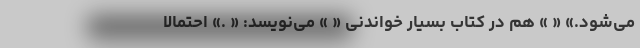
می‌شود.» « » هم در کتاب بسیار خواندنی « » می‌نویسد: « .» احتمالا